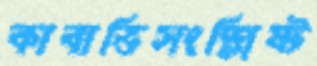
কাবাডিসংশ্লিষ্ট